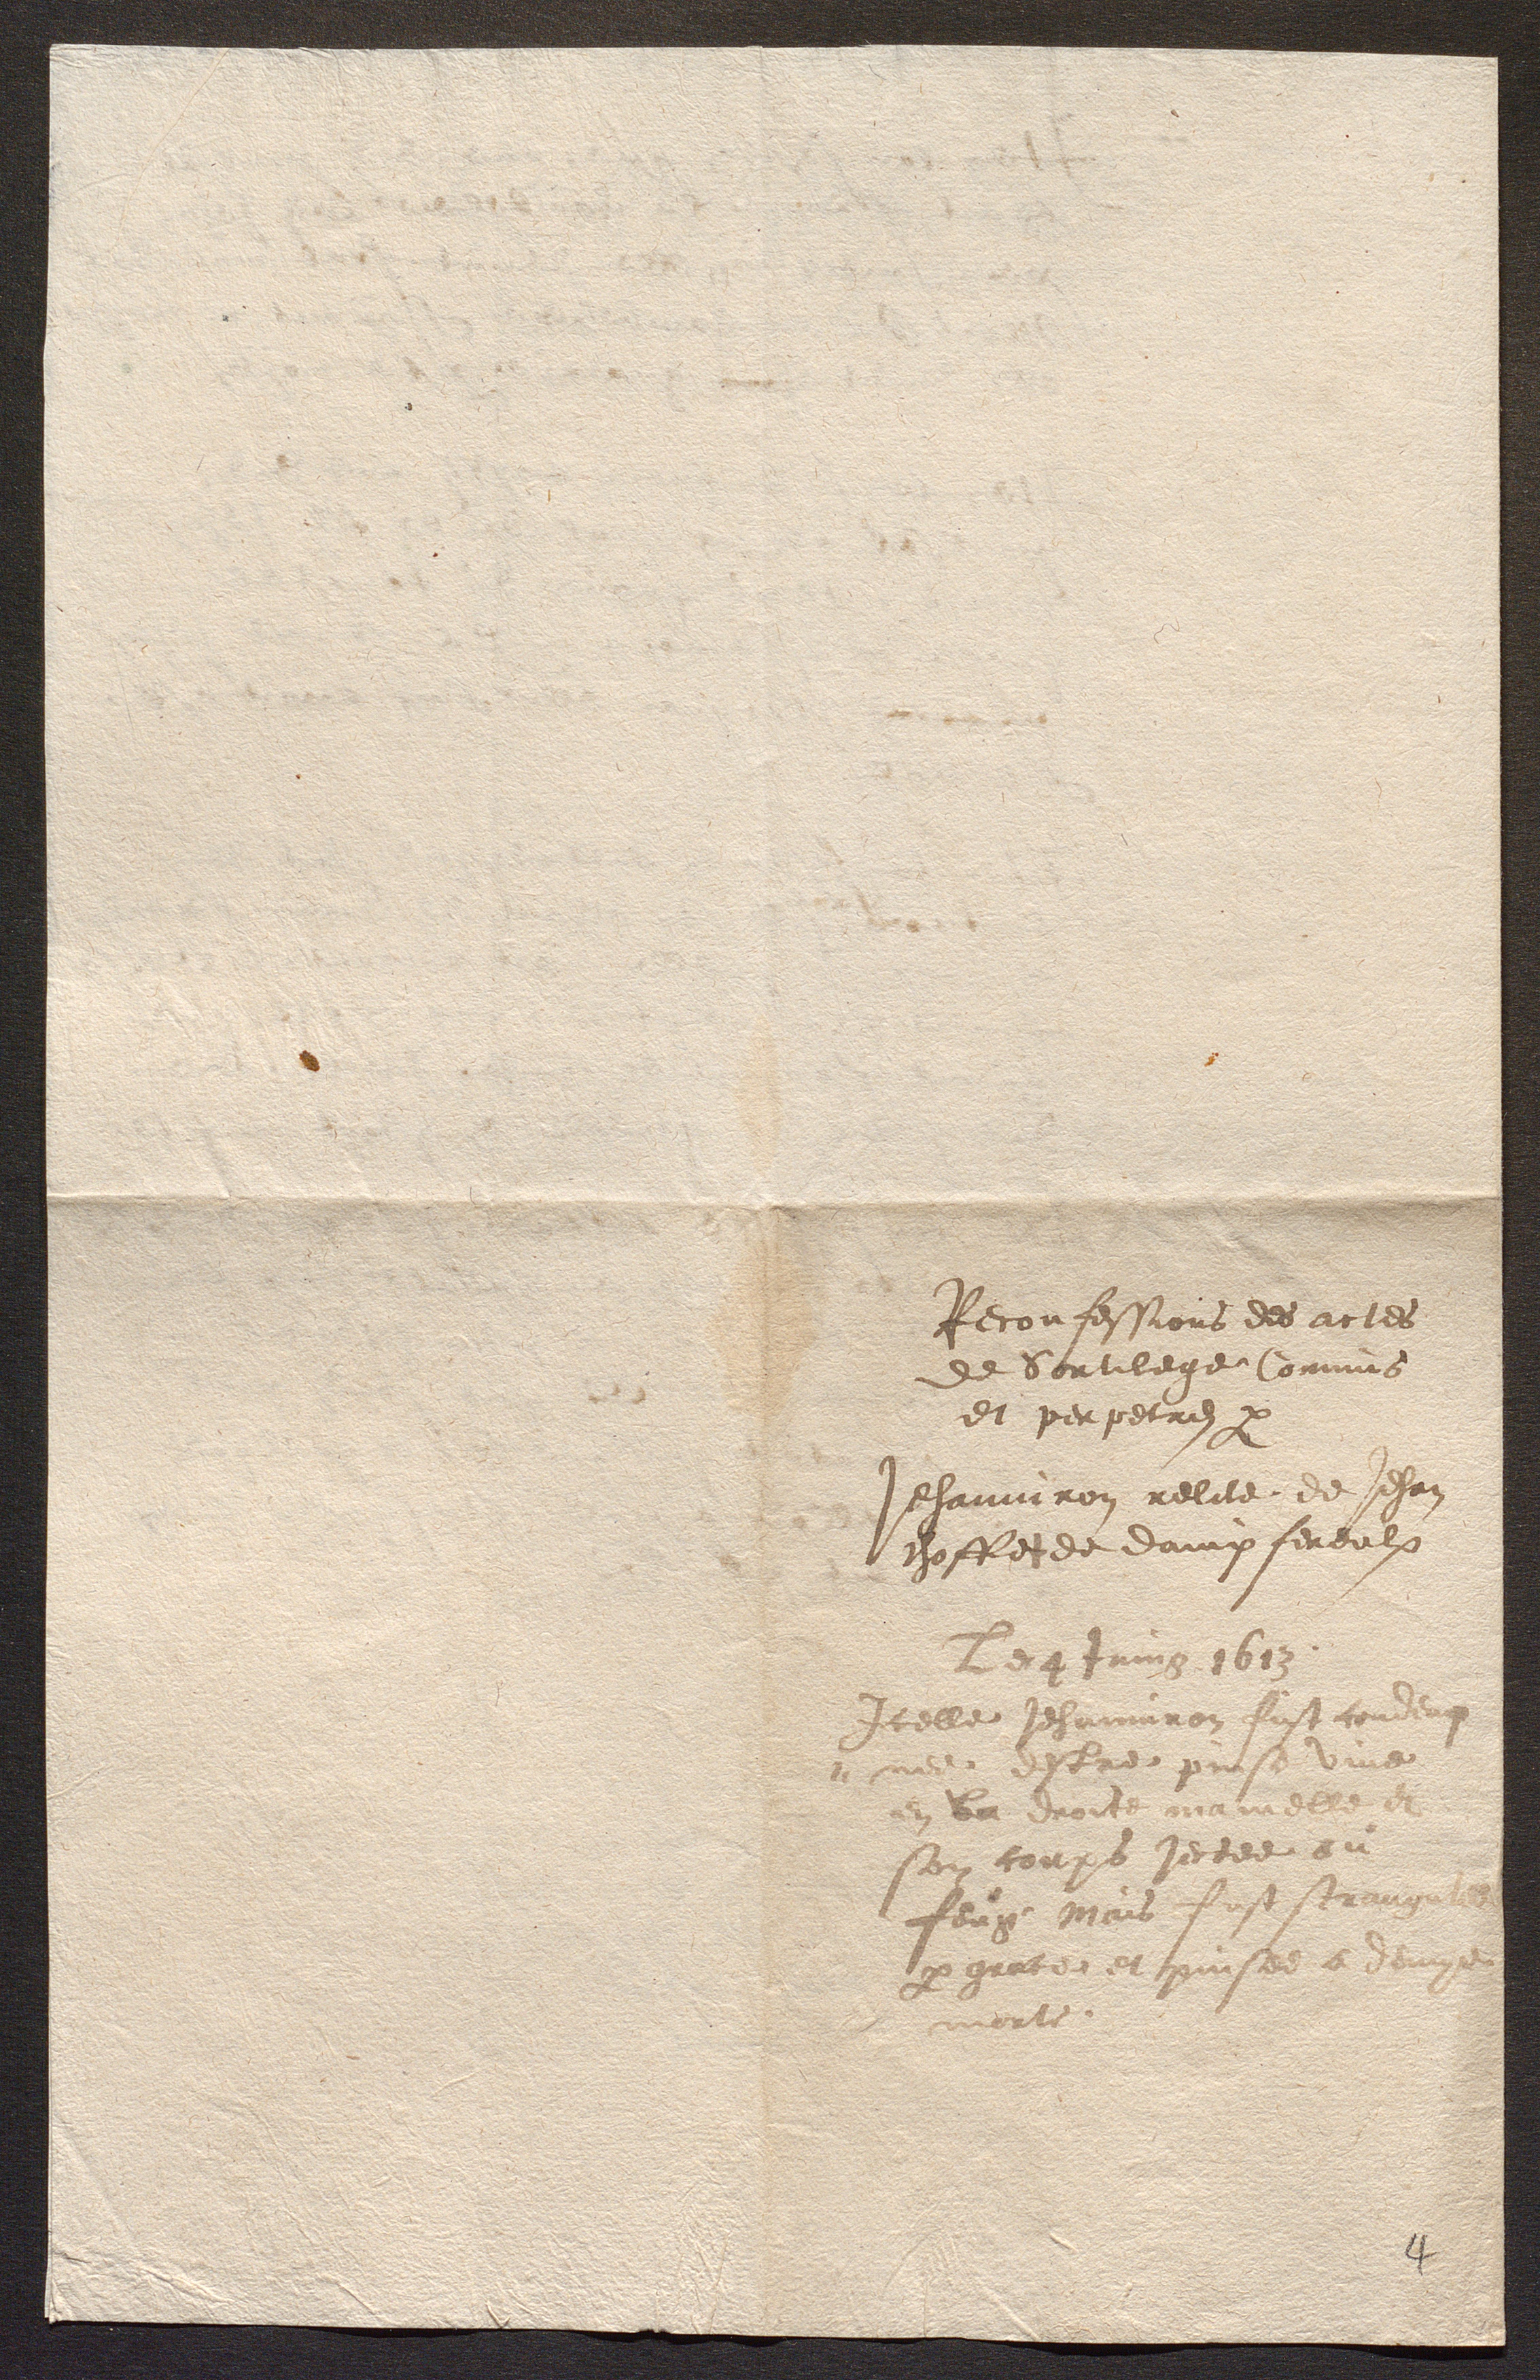
Reconfessions des actes
de Sortilege Commis
et perpetrez par
Jehanniron relite de Jehan
choffet de dampfereulx
Le 4tuing 1613
Icelle Jehanniron fust condu
ne estre pinse vine
en la droite mamelle a
son coups jectee ou
feuge Mais fuststraug
pergicte et puisee a deuy
mortt